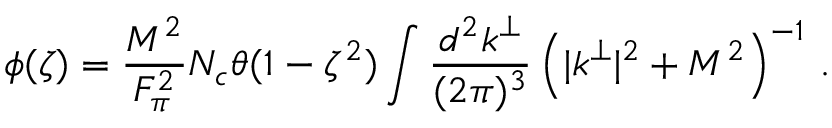
\phi ( \zeta ) = \frac { M ^ { 2 } } { F _ { \pi } ^ { 2 } } N _ { c } \theta ( 1 - \zeta ^ { 2 } ) \int \frac { d ^ { 2 } k ^ { \perp } } { ( 2 \pi ) ^ { 3 } } \left( | k ^ { \perp } | ^ { 2 } + M ^ { 2 } \right) ^ { - 1 } \, .